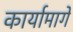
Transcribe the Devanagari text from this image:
कार्यामागे